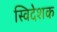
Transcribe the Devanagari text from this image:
स्विदेशक